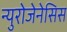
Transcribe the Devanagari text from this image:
न्युरोजेनेसिस